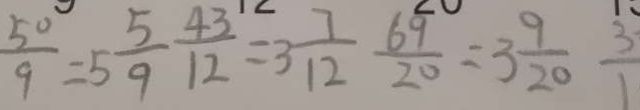
\frac { 5 0 } { 9 } = 5 \frac { 5 } { 9 } \frac { 4 3 } { 1 2 } = 3 \frac { 7 } { 1 2 } \frac { 6 9 } { 2 0 } = 3 \frac { 9 } { 2 0 } \frac { 3 } { 1 }